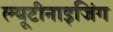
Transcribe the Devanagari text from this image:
ल्यूटीनाइजिंग